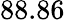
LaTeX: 88.86